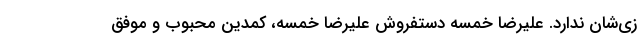
زی‌شان ندارد. علیرضا خمسه دستفروش علیرضا خمسه، کمدین محبوب و موفق